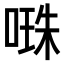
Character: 𠺾